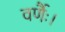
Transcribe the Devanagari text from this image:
वर्णैः।